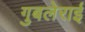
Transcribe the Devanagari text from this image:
गुबलेराई